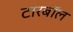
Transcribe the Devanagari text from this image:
टारबॉल